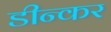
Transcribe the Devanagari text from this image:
डीन्कर